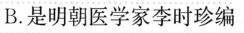
B. 是明朝医学家李时珍编